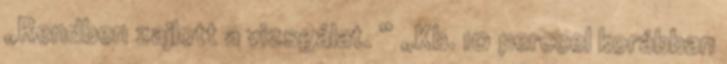
„Rendben zajlott a vizsgálat. ” „Kb. 10 perccel korábban